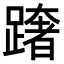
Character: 𨅓